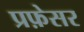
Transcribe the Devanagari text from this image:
प्रफ़ेसर